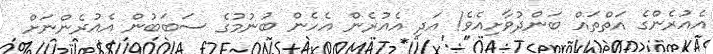
އެއުރެންގެ އަތްތައް ބަންދުވާށިއެވެ! އަދި އެއުރެން އެހެން ބުނުމުގެ ސަބަބުން އެއުރެންނަށް